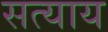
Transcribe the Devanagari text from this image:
सत्याय